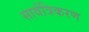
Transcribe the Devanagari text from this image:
सार्वत्रिकरण